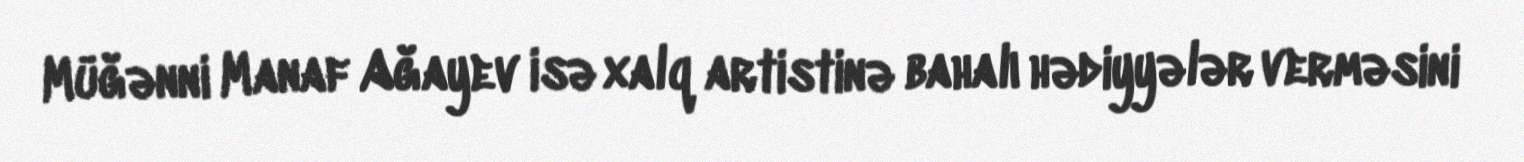
Müğənni Manaf Ağayev isə xalq artistinə bahalı hədiyyələr verməsini